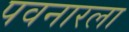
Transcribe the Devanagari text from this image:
पवनारला